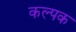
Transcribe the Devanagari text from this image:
कल्‍पक